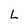
Character: L